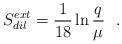
LaTeX: \begin{align*}S^{ext}_{dil}={1\over 18}\ln {q\over \mu}~~.\end{align*}